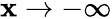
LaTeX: \mathbf{x}\to-\infty